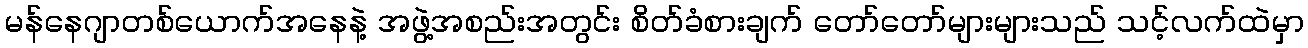
မန်နေဂျာတစ်ယောက်အနေနဲ့ အဖွဲ့အစည်းအတွင်း စိတ်ခံစားချက် တော်တော်များများသည် သင့်လက်ထဲမှာ